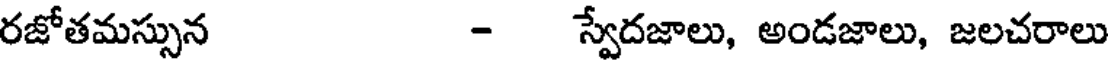
రజోతమస్సున - స్వేదజాలు, అండజాలు, జలచరాలు